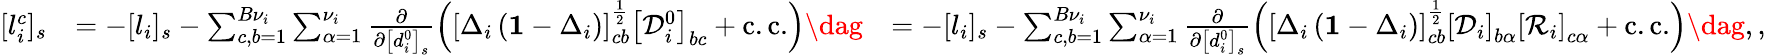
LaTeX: \begin{array}{rlr}{[l_{i}^{c}]_{s}}&{=-[l_{i}]_{s}-\sum_{c,b=1}^{B{\nu}_{i}}\sum_{\alpha=1}^{\nu_{i}}\frac{\partial}{\partial\left[d_{i}^{0}\right]_{s}}\left(\left[\Delta_{i}\left(\mathbf{1}-\Delta_{i}\right)\right]_{cb}^{\frac{1}{2}}\left[\mathcal{D}_{i}^{0}\right]_{bc}+\mathrm{c.c.}\right)\dag}&{=-[l_{i}]_{s}-\sum_{c,b=1}^{B{\nu}_{i}}\sum_{\alpha=1}^{\nu_{i}}\frac{\partial}{\partial\left[d_{i}^{0}\right]_{s}}\left(\left[\Delta_{i}\left(\mathbf{1}-\Delta_{i}\right)\right]_{cb}^{\frac{1}{2}}\left[\mathcal{D}_{i}\right]_{b\alpha}\left[\mathcal{R}_{i}\right]_{c\alpha}+\mathrm{c.c.}\right)\dag,,}\end{array}